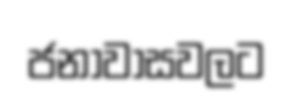
ජනාවාසවලට